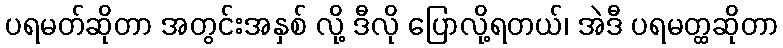
ပရမတ်ဆိုတာ အတွင်းအနှစ် လို့ ဒီလို ပြောလို့ရတယ်၊ အဲဒီ ပရမတ္ထဆိုတာ